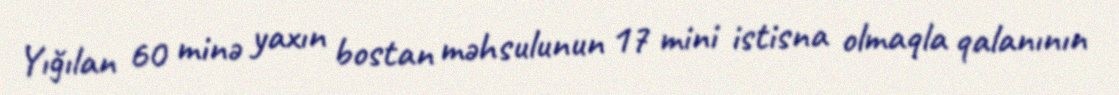
Yığılan 60 minə yaxın bostan məhsulunun 17 mini istisna olmaqla qalanının